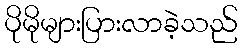
ပိုမိုများပြားလာခဲ့သည်